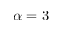
\alpha = 3